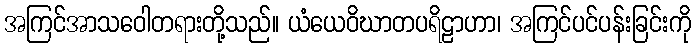
အကြင်အာသဝေါတရားတို့သည်။ ယံယေဝိဃာတပရိဠာဟာ၊ အကြင်ပင်ပန်းခြင်းကို